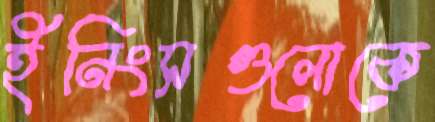
ইনিংসগুলোকে